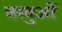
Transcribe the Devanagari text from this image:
वस्तुऔं